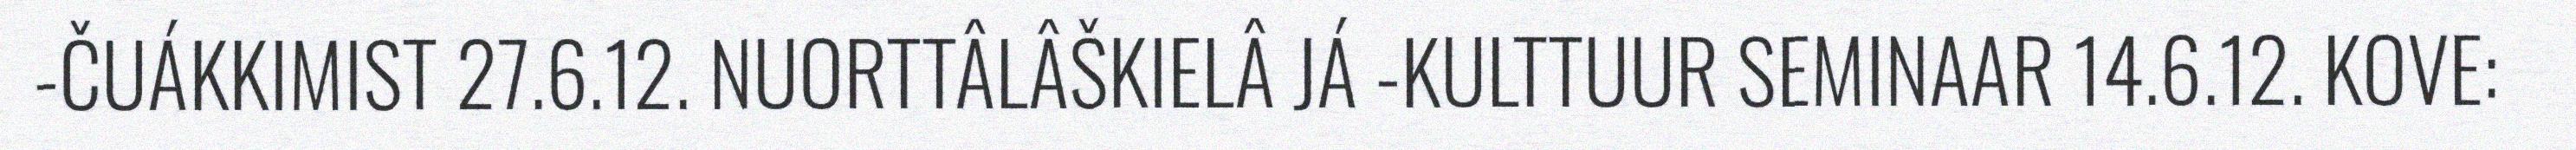
-ČUÁKKIMIST 27.6.12. NUORTTÂLÂŠKIELÂ JÁ -KULTTUUR SEMINAAR 14.6.12. KOVE: